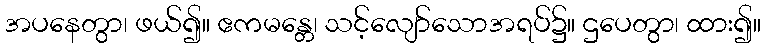
အပနေတွာ၊ ဖယ်၍။ ဧကမန္တေ၊ သင့်လျော်သောအရပ်၌။ ဌပေတွာ၊ ထား၍။